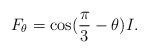
\begin{align*}F_\theta = \cos(\frac{\pi}{3} - \theta) I.\end{align*}